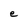
Character: e